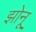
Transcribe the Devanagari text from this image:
झोनू